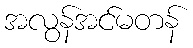
အလွန်အင်မတန်